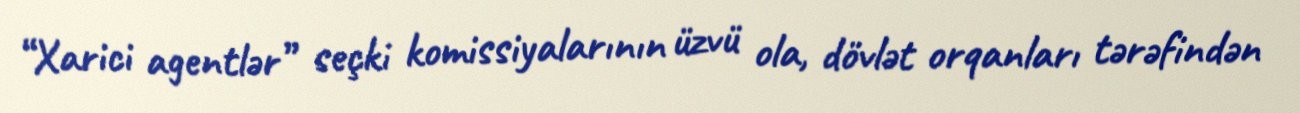
“Xarici agentlər” seçki komissiyalarının üzvü ola, dövlət orqanları tərəfindən